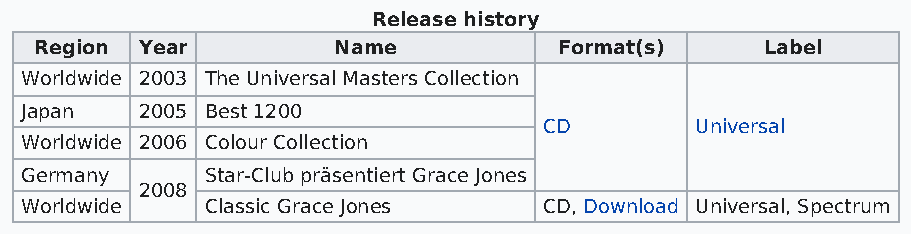
Release history
 Region Year         Name           Format(s)     Label
 Worldwide 2003 The Universal Masters Collection
 Japan   2005 Best 1200
 CD        Universal
 Worldwide 2006 Colour Collection
 Germany      Star-Club präsentiert Grace Jones
 2008
 Worldwide    Classic Grace Jones   CD, Download Universal, Spectrum